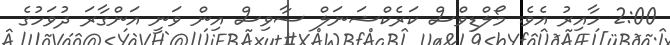
2:00 ހާއިރު އެވެ. މޯލްޑިވްސް ކަރެކްޝަނަލް ސާވިސް އިން ވަނީ އަންގާރަ ދުވަހުގެ